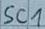
Text: SC1